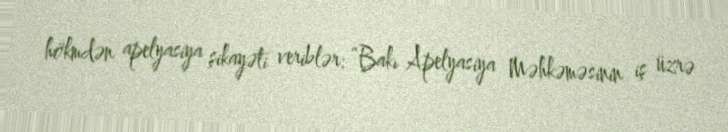
hökmdən apelyasiya şikayəti veriblər: “Bakı Apelyasiya Məhkəməsinin iş üzrə